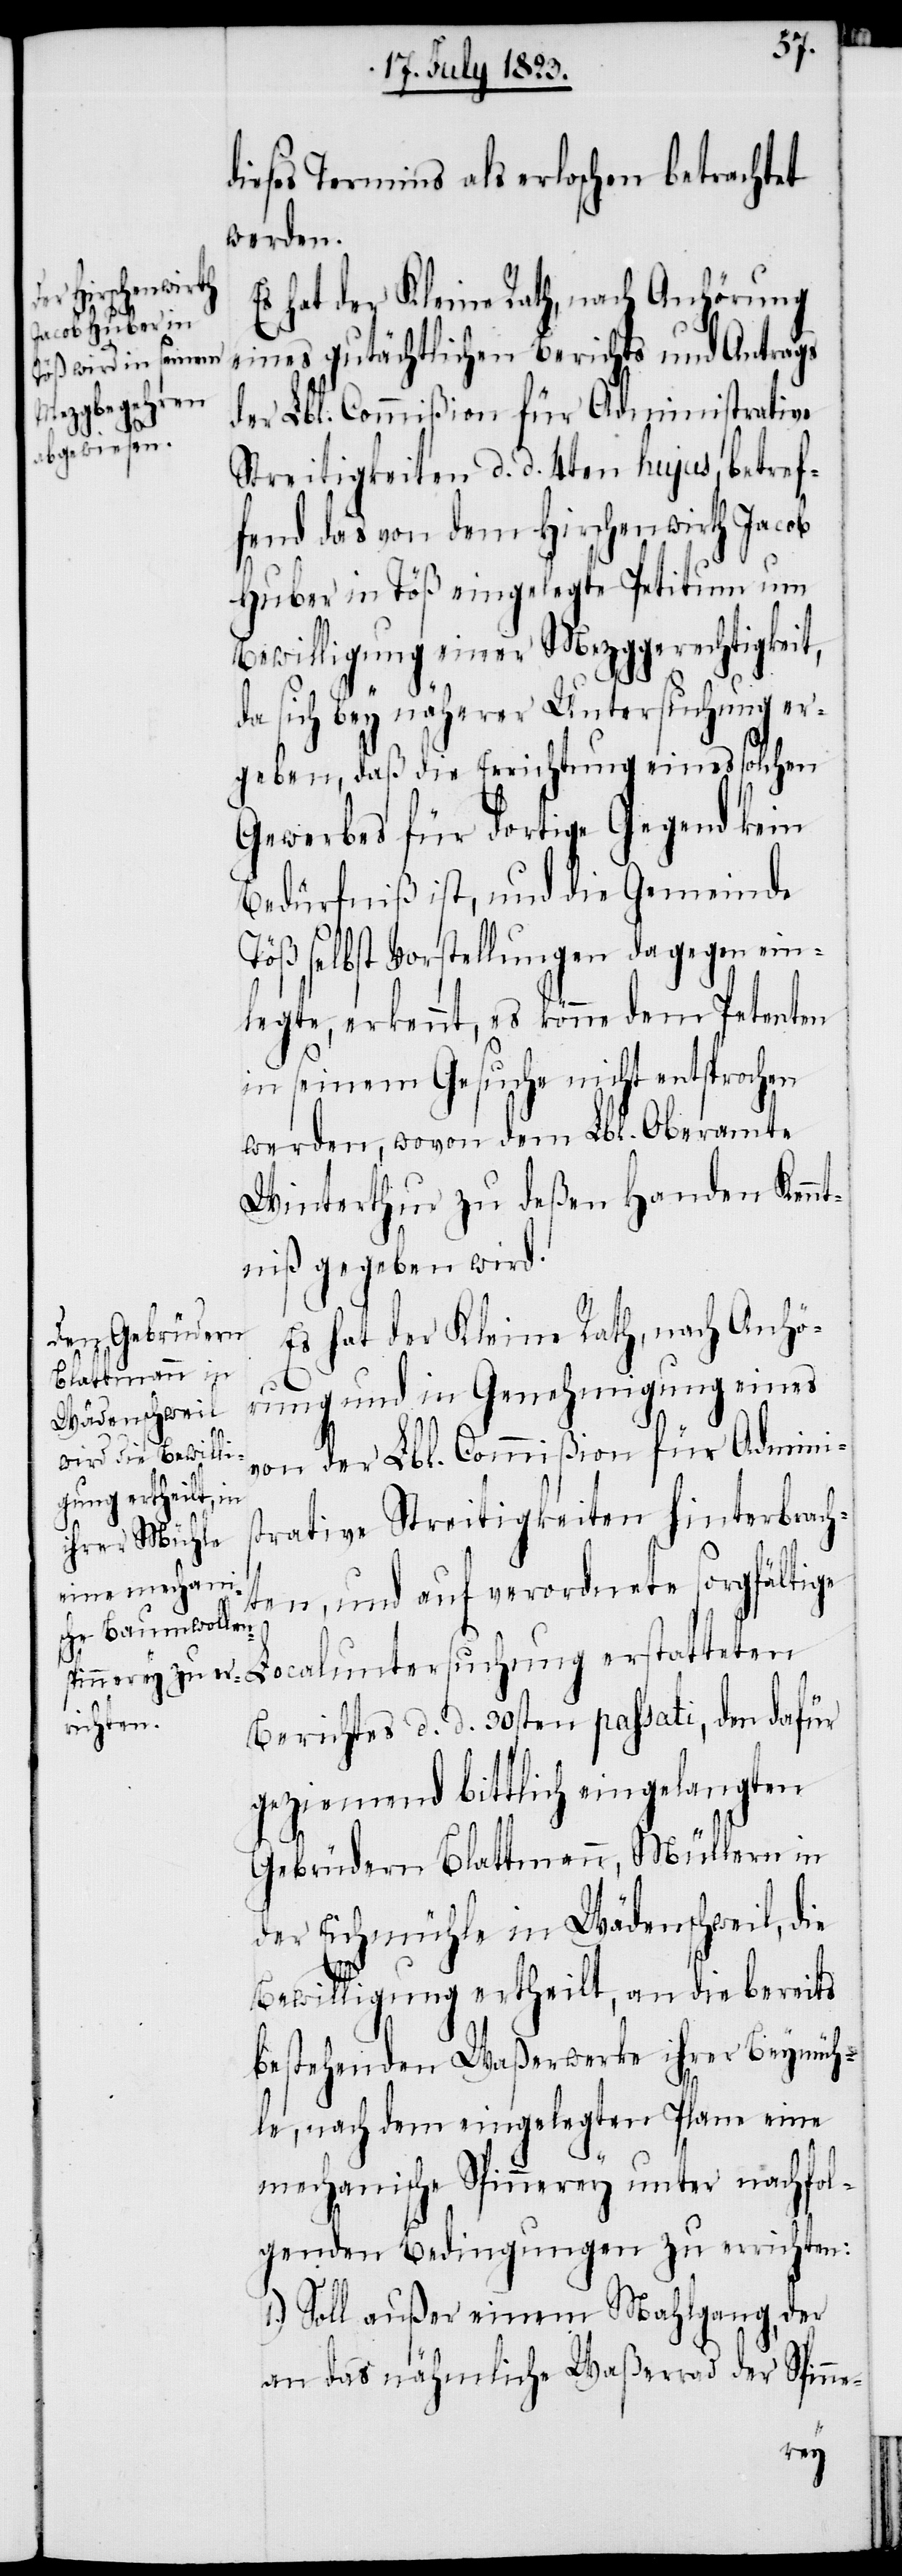
dieses Termins als erloschen betrachtet
werden.
Es hat der Kleine Rath, nach Anhörung
eines gutächtlichen Berichts und Antrags
der Lbl. Commißion für Administrative
Streitigkeiten d. d. 4ten hujus, betref¬
fend das von dem Hirschenwirth Jacob
Huber in Töß eingelegte Petitum um
Bewilligung einer Mezggerechtigkeit,
da sich bey näherer Untersuchung er¬
geben, daß die Errichtung eines solchen
Gewerbes für dortige Gegend kein
Bedürfniß ist, und die Gemeinde
Töß selbst Vorstellungen dagegen ein¬
legte, erkennt, es könne dem Petenten
in seinem Gesuche nicht entsprochen
werden, wovon dem Lbl. Oberamte
Winterthur zu deßen Handen Kenn¬
tniß gegeben wird.
Es hat der Kleine Rath, nach Anhö¬
rung und in Genehmigung eines
von der Lbl. Commißion für Admini¬
strative Streitigkeiten hinterbrach¬
ten, und auf verordnete sorgfältige
Berichtes d. d. 30sten passati, den dafür
geziemend bittlich eingelangten
Gebrüdern Blattmann, Müllern in
der Eichmühle in Wädenschweil, die
Bewilligung ertheilt, an die bereits
bestehenden Waßerwerke ihrer Beymüh¬
le, nach dem eingelegten Plane eine
mechanische Spinnerey unter nachfol¬
genden Bedingungen zu errichten:
1.) Soll außer einem Mahlgang, der
an das nähmliche Waßerrad der Spinne-